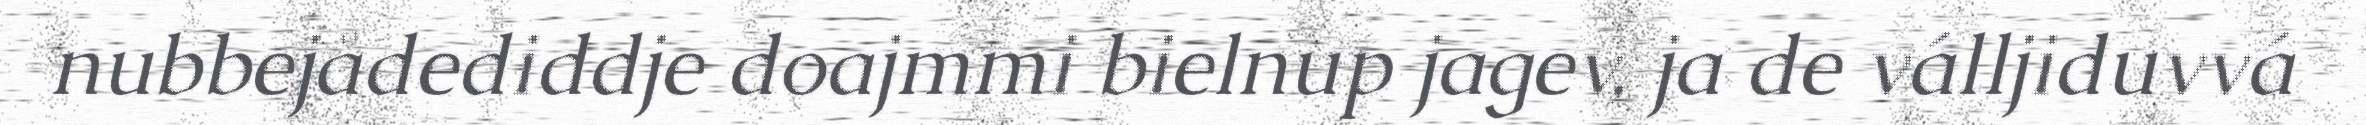
nubbejådediddje doajmmi bielnup jagev, ja de válljiduvvá